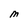
Character: M